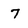
Character: 7